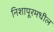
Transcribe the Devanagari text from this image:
निशापूरमधील